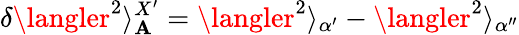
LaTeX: \delta\langler^{2}\rangle_{\mathbf{A}}^{X^{\prime}}=\langler^{2}\rangle_{\alpha^{\prime}}-\langler^{2}\rangle_{\alpha^{\prime\prime}}